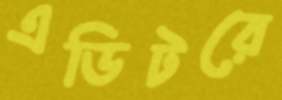
এডিটরে